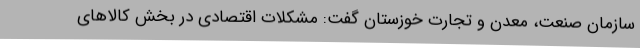
سازمان صنعت، معدن و تجارت خوزستان گفت: مشکلات اقتصادی در بخش کالاهای